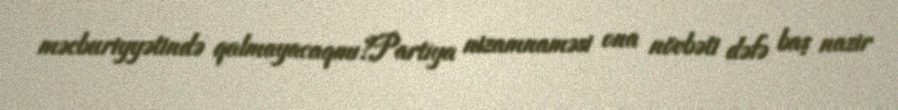
məcburiyyətində qalmayacaqmı?Partiya nizamnaməsi ona növbəti dəfə baş nazir